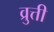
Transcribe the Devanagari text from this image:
व्रुत्ती